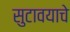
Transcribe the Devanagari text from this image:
सुटावयाचे